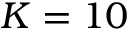
K = 1 0